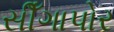
સીઁગાપોર